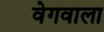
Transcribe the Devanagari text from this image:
वेगवाला